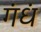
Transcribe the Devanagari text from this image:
गंधं